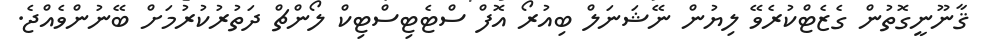
ޤާނޫނީގޮތުން ގެޒެޓްކުރެވޭ ލިޔުން ނޭޝަނަލް ބިއުރޯ އޮފް ސްޓެޓިސްޓިކް ލޯންޗް ދަތުރުކުރުމަށް ބޭނުންވެއްޖެ.